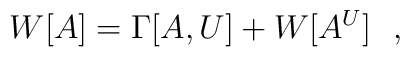
W[A]=\Gamma[A,U]+W[A^U]\ \ ,